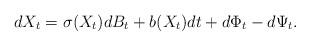
LaTeX: \begin{align*} dX_t = \sigma(X_t) dB_t + b(X_t) dt + d\Phi_t - d\Psi_t.\end{align*}